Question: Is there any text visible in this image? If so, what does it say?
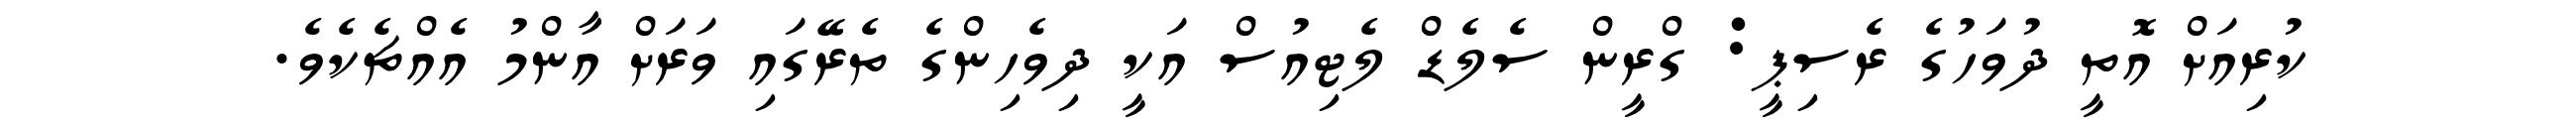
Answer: ކުރިއަށް އޮތީ ދުވަހުގެ ރެސިޕީ: ގްރީން ސެލެޑް ލެޓިއުސް އަކީ ދިވެހިންގެ ތެރޭގައި ވަރަށް އާންމު އެއްޗެކެވެ.